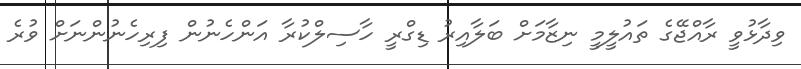
ވިދާޅުވީ ރާއްޖޭގެ ތައުލީމީ ނިޒާމަށް ބަލާއިރު ޑިގްރީ ހާސިލްކުރާ އަންހެނުން ފިރިހެނުންނަށް ވުރެ